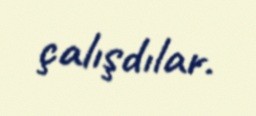
çalışdılar.